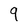
Character: 9